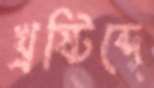
খ্রষ্টিব্দে